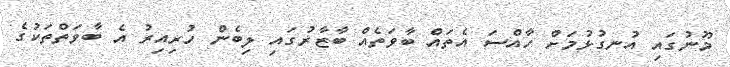
މޫނުގައި އުނގުޅުމަށް ހާއްސަ އެތައް ބާވަތެއް ބާޒާރުގައި ލިބެން ހުރިއިރު އެ ބާވަތްތަކުގެ